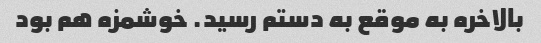
بالاخره به موقع به دستم رسید. خوشمزه هم بود